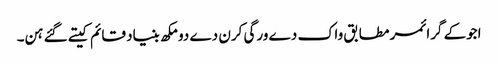
اجوکے گرائمر مطابق واک دے ورگی کرن دے دو مکھ بنیاد قائم کیتے گئے ہن۔